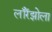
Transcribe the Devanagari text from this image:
लॉरेंझोला